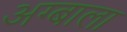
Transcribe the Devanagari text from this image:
अग्बाला